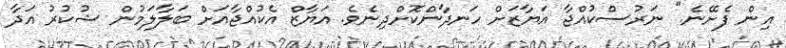
އިން ފެށޭނެ." ނަރުސްކުއްޖާ އަޔާޒަށް ހަނދާންކޮށްދިނެވެ. އަޔާޒް އެކުއްޖާއަށް ބަލާލަމުން ޝުކުރު އަދާ